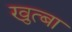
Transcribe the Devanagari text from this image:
खुत्बा